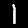
Digit: 1